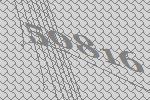
50816